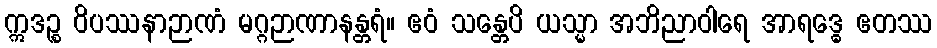
ဣဒဉ္စ ဝိပဿနာဉာဏံ မဂ္ဂဉာဏာနန္တရံ။ ဧဝံ သန္တေပိ ယသ္မာ အဘိညာဝါရေ အာရဒ္ဓေ ဧတဿ